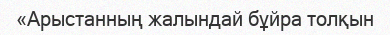
«Арыстанның жалындай бұйра толқын